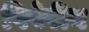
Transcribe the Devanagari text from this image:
पिपेरीन